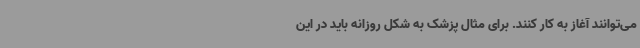
می‌توانند آغاز به کار کنند. برای مثال پزشک به شکل روزانه باید در این